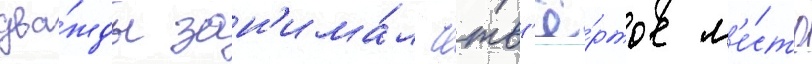
два́жды зан'има́л четв'ё́ртое м'е́сто